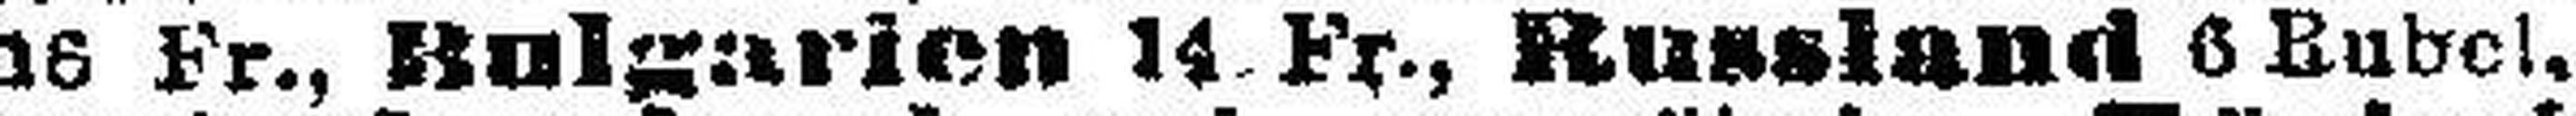
16 Fr., Bulgarien 14 Fr., Russland 6 Rubel.